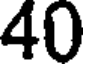
40